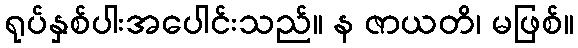
ရုပ်နှစ်ပါးအပေါင်းသည်။ န ဇာယတိ၊ မဖြစ်။